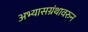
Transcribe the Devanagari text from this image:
अभ्यासग्रंथावरुन